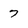
Character: 7